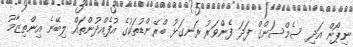
ނިޕޯން އަދި ސެމްސަންގް ފަދަ ފެންވަރު ރަނގަޅު ބްރޭންޑުތަކުގެ އުފެއްދުންތައް ލިބޭނެ އިންތިޒާމު